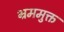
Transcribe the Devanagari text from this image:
भ्रममुक्त